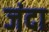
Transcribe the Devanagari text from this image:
जंदा